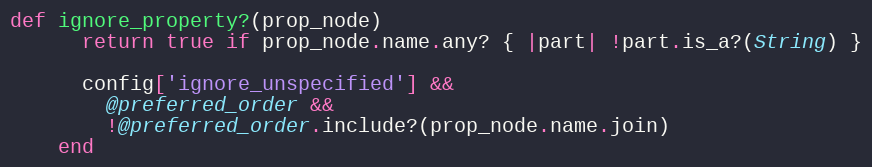
Language: Ruby
def ignore_property?(prop_node)
      return true if prop_node.name.any? { |part| !part.is_a?(String) }

      config['ignore_unspecified'] &&
        @preferred_order &&
        !@preferred_order.include?(prop_node.name.join)
    end